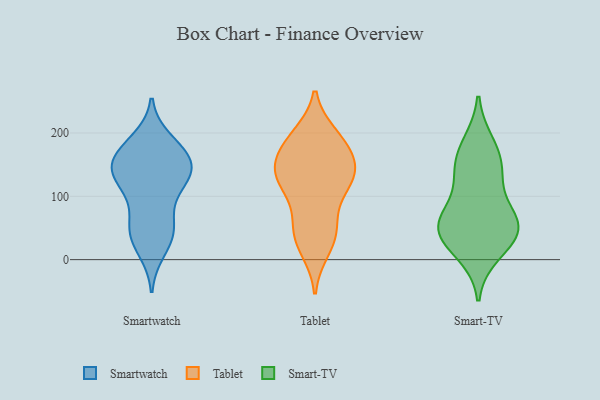
{"axis": {"x": "Revenue (USD Million)", "y": "Value"}, "legend": ["Smart-TV", "Smartwatch", "Tablet"], "data": [{"x": "", "y": 139, "type": "Smartwatch"}, {"x": "", "y": 104, "type": "Smartwatch"}, {"x": "", "y": 43, "type": "Smartwatch"}, {"x": "", "y": 174, "type": "Smartwatch"}, {"x": "", "y": 42, "type": "Smartwatch"}, {"x": "", "y": 121, "type": "Smartwatch"}, {"x": "", "y": 142, "type": "Smartwatch"}, {"x": "", "y": 152, "type": "Smartwatch"}, {"x": "", "y": 187, "type": "Smartwatch"}, {"x": "", "y": 136, "type": "Smartwatch"}, {"x": "", "y": 131, "type": "Smartwatch"}, {"x": "", "y": 64, "type": "Smartwatch"}, {"x": "", "y": 171, "type": "Smartwatch"}, {"x": "", "y": 162, "type": "Smartwatch"}, {"x": "", "y": 43, "type": "Smartwatch"}, {"x": "", "y": 16, "type": "Smartwatch"}, {"x": "", "y": 141, "type": "Tablet"}, {"x": "", "y": 171, "type": "Tablet"}, {"x": "", "y": 139, "type": "Tablet"}, {"x": "", "y": 138, "type": "Tablet"}, {"x": "", "y": 174, "type": "Tablet"}, {"x": "", "y": 192, "type": "Tablet"}, {"x": "", "y": 50, "type": "Tablet"}, {"x": "", "y": 131, "type": "Tablet"}, {"x": "", "y": 25, "type": "Tablet"}, {"x": "", "y": 146, "type": "Tablet"}, {"x": "", "y": 196, "type": "Tablet"}, {"x": "", "y": 108, "type": "Tablet"}, {"x": "", "y": 52, "type": "Tablet"}, {"x": "", "y": 16, "type": "Tablet"}, {"x": "", "y": 191, "type": "Tablet"}, {"x": "", "y": 126, "type": "Tablet"}, {"x": "", "y": 51, "type": "Tablet"}, {"x": "", "y": 106, "type": "Tablet"}, {"x": "", "y": 11, "type": "Smart-TV"}, {"x": "", "y": 48, "type": "Smart-TV"}, {"x": "", "y": 59, "type": "Smart-TV"}, {"x": "", "y": 163, "type": "Smart-TV"}, {"x": "", "y": 47, "type": "Smart-TV"}, {"x": "", "y": 132, "type": "Smart-TV"}, {"x": "", "y": 34, "type": "Smart-TV"}, {"x": "", "y": 137, "type": "Smart-TV"}, {"x": "", "y": 54, "type": "Smart-TV"}, {"x": "", "y": 74, "type": "Smart-TV"}, {"x": "", "y": 182, "type": "Smart-TV"}]}